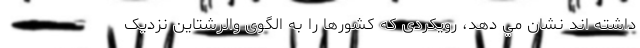
داشته اند نشان مي دهد، رویکردی که کشورها را به الگوی والرشتاین نزدیک